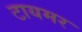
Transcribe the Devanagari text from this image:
टायमर